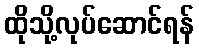
ထိုသို့လုပ်ဆောင်ရန်